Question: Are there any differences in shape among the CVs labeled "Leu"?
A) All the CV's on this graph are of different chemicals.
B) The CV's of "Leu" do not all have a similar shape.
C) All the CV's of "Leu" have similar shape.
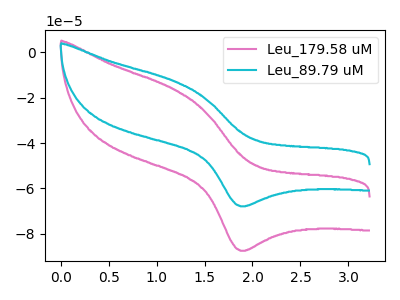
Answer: <think>The pink curve "Leu_179.58 uM" has an anodic peak at (1.20V, -16.50uA) and a cathodic peak at (1.85V, -87.55uA). The cyan curve "Leu_89.79 uM" has an anodic peak at (1.20V, -12.80uA) and a cathodic peak at (1.85V, -67.90uA).
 All the peaks in "Leu_179.58 uM" have a peak in "Leu_89.79 uM" at the same potential.</think>
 <answer>C) All the CV's of "Leu" have similar shape.</answer>
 <eval>C</eval>